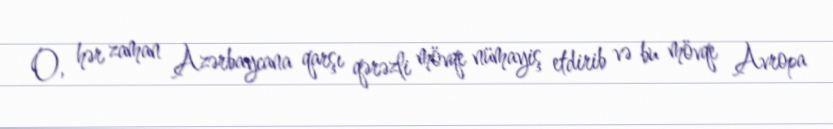
O, hər zaman Azərbaycana qarşı qərəzli mövqe nümayiş etdirib və bu mövqe Avropa